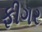
ફીગર